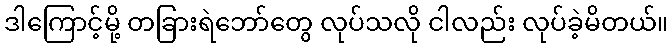
ဒါကြောင့်မို့ တခြားရဲဘော်တွေ လုပ်သလို ငါလည်း လုပ်ခဲ့မိတယ်။